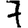
Digit: 7